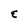
Character: E